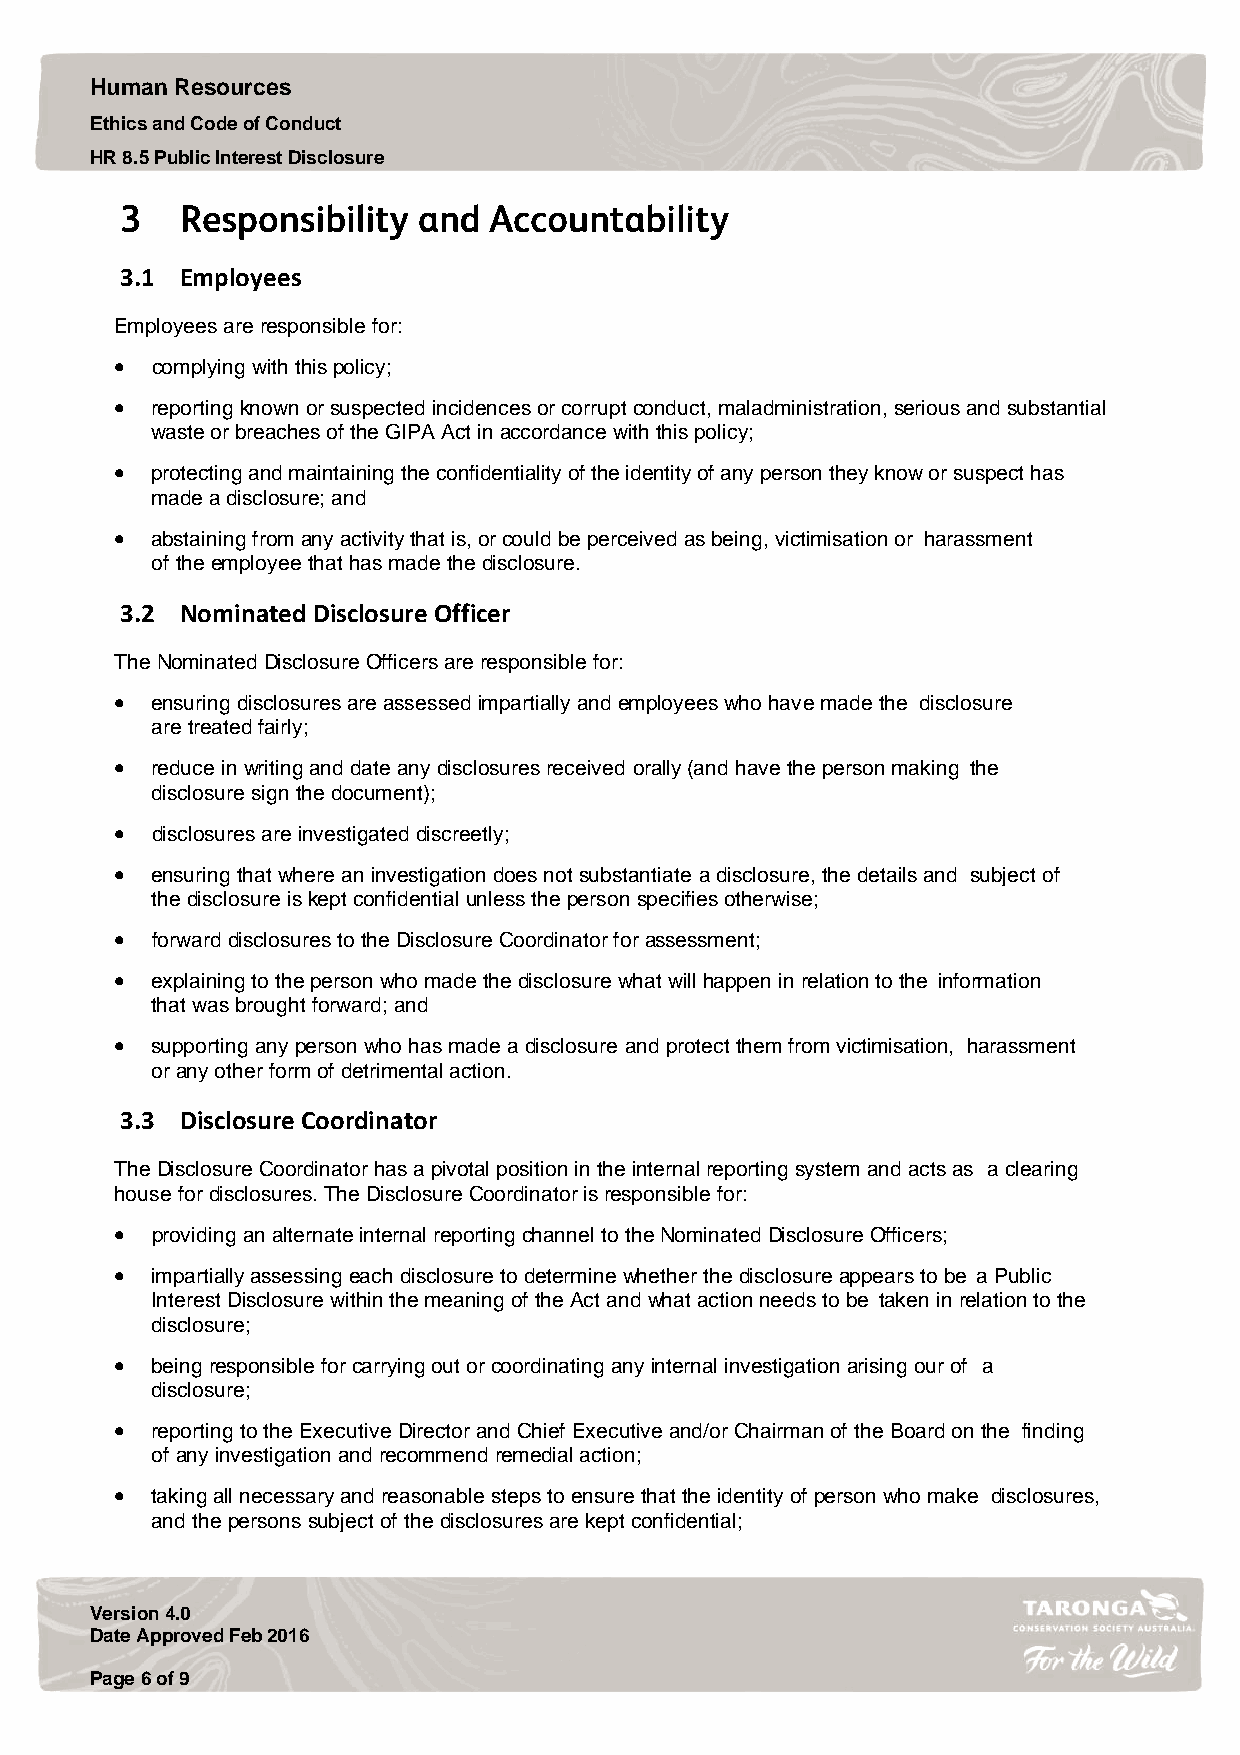
Human Resources
 Ethics and Code of Conduct
 HR 8.5 Public Interest Disclosure
 3.1 Employees
 Employees are responsible for:
  complying with this policy;
  reporting known or suspected incidences or corrupt conduct, maladministration, serious and substantial
 waste or breaches of the GIPA Act in accordance with this policy;
  protecting and maintaining the confidentiality of the identity of any person they know or suspect has
 made a disclosure; and
  abstaining from any activity that is, or could be perceived as being, victimisation or harassment
 of the employee that has made the disclosure.
 3.2 Nominated Disclosure Officer
 The Nominated Disclosure Officers are responsible for:
  ensuring disclosures are assessed impartially and employees who have made the disclosure
 are treated fairly;
  reduce in writing and date any disclosures received orally (and have the person making the
 disclosure sign the document);
  disclosures are investigated discreetly;
  ensuring that where an investigation does not substantiate a disclosure, the details and subject of
 the disclosure is kept confidential unless the person specifies otherwise;
  forward disclosures to the Disclosure Coordinator for assessment;
  explaining to the person who made the disclosure what will happen in relation to the information
 that was brought forward; and
  supporting any person who has made a disclosure and protect them from victimisation, harassment
 or any other form of detrimental action.
 3.3 Disclosure Coordinator
 The Disclosure Coordinator has a pivotal position in the internal reporting system and acts as a clearing
 house for disclosures. The Disclosure Coordinator is responsible for:
  providing an alternate internal reporting channel to the Nominated Disclosure Officers;
  impartially assessing each disclosure to determine whether the disclosure appears to be a Public
 Interest Disclosure within the meaning of the Act and what action needs to be taken in relation to the
 disclosure;
  being responsible for carrying out or coordinating any internal investigation arising our of a
 disclosure;
  reporting to the Executive Director and Chief Executive and/or Chairman of the Board on the finding
 of any investigation and recommend remedial action;
  taking all necessary and reasonable steps to ensure that the identity of person who make disclosures,
 and the persons subject of the disclosures are kept confidential;
 Version 4.0
 Date Approved Feb 2016
 Page 6 of 9